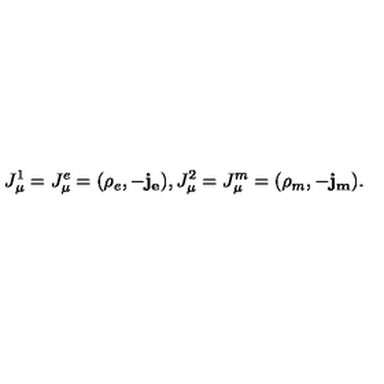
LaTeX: J _ { \mu } ^ { 1 } = J _ { \mu } ^ { e } = ( \rho _ { e } , - \mathbf { j _ { e } } ) , J _ { \mu } ^ { 2 } = J _ { \mu } ^ { m } = ( \rho _ { m } , - \mathbf { j _ { m } } ) .